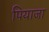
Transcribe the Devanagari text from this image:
पियाजा